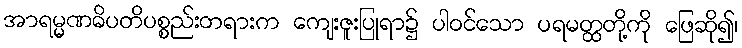
အာရမ္မဏဓိပတိပစ္စည်းတရားက ကျေးဇူးပြုရာ၌ ပါဝင်သော ပရမတ္ထတို့ကို ဖြေဆို၍၊